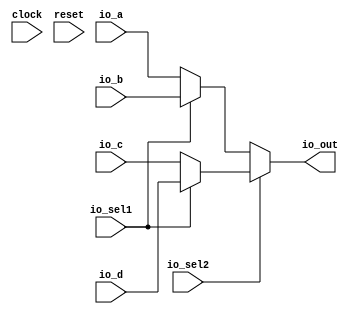
module Mux4to1(
  input        clock,
  input        reset,
  input  [1:0] io_a,
  input  [1:0] io_b,
  input  [1:0] io_c,
  input  [1:0] io_d,
  input        io_sel1,
  input        io_sel2,
  output [1:0] io_out
);
  wire [1:0] _GEN_0 = io_sel1 ? io_b : 2'h0; // @[Mux4to1.scala 20:19 26:10]
  wire [1:0] _GEN_1 = io_sel1 ? io_d : 2'h0; // @[Mux4to1.scala 20:19 27:10]
  wire [1:0] y1 = ~io_sel1 ? io_a : _GEN_0; // @[Mux4to1.scala 20:19 22:10]
  wire [1:0] y2 = ~io_sel1 ? io_c : _GEN_1; // @[Mux4to1.scala 20:19 23:10]
  wire [1:0] _GEN_4 = io_sel2 ? y2 : 2'h1; // @[Mux4to1.scala 18:10 31:19 33:22]
  assign io_out = ~io_sel2 ? y1 : _GEN_4; // @[Mux4to1.scala 31:19 32:22]
endmodule